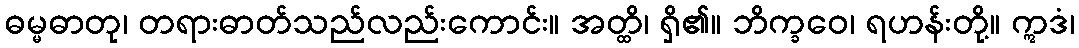
ဓမ္မဓာတု၊ တရားဓာတ်သည်လည်းကောင်း။ အတ္ထိ၊ ရှိ၏။ ဘိက္ခဝေ၊ ရဟန်းတို့။ ဣဒံ၊